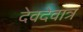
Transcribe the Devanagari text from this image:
देवदेवात्र